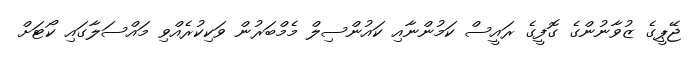
ޖޭޕީގެ ޒުވާނުންގެ ގޮފީގެ ރައީސް ކަމުންނާއި ކައުންސިލް މެމްބަރުން ވަކިކުރެއްވި މައްސަލާގައި ކޯޓަށް